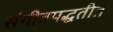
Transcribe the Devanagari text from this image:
संगीतपद्धतीत